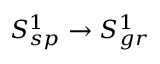
S _ { s p } ^ { 1 } \rightarrow S _ { g r } ^ { 1 }